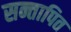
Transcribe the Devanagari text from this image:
सन्तापित